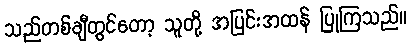
သည်တစ်ချီတွင်တော့ သူတို့ အပြင်းအထန် ပြုကြသည်။